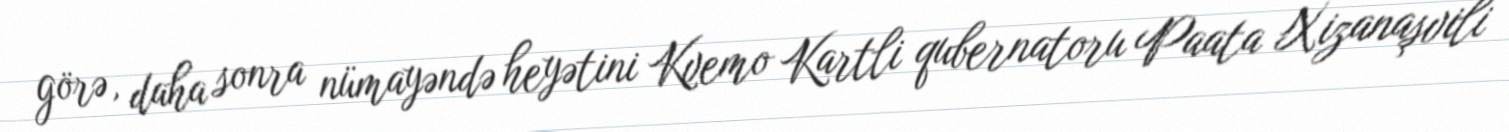
görə, daha sonra nümayəndə heyətini Kvemo Kartli qubernatoru Paata Xizanaşvili